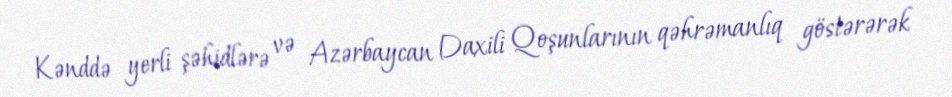
Kənddə yerli şəhidlərə və Azərbaycan Daxili Qoşunlarının qəhrəmanlıq göstərərək